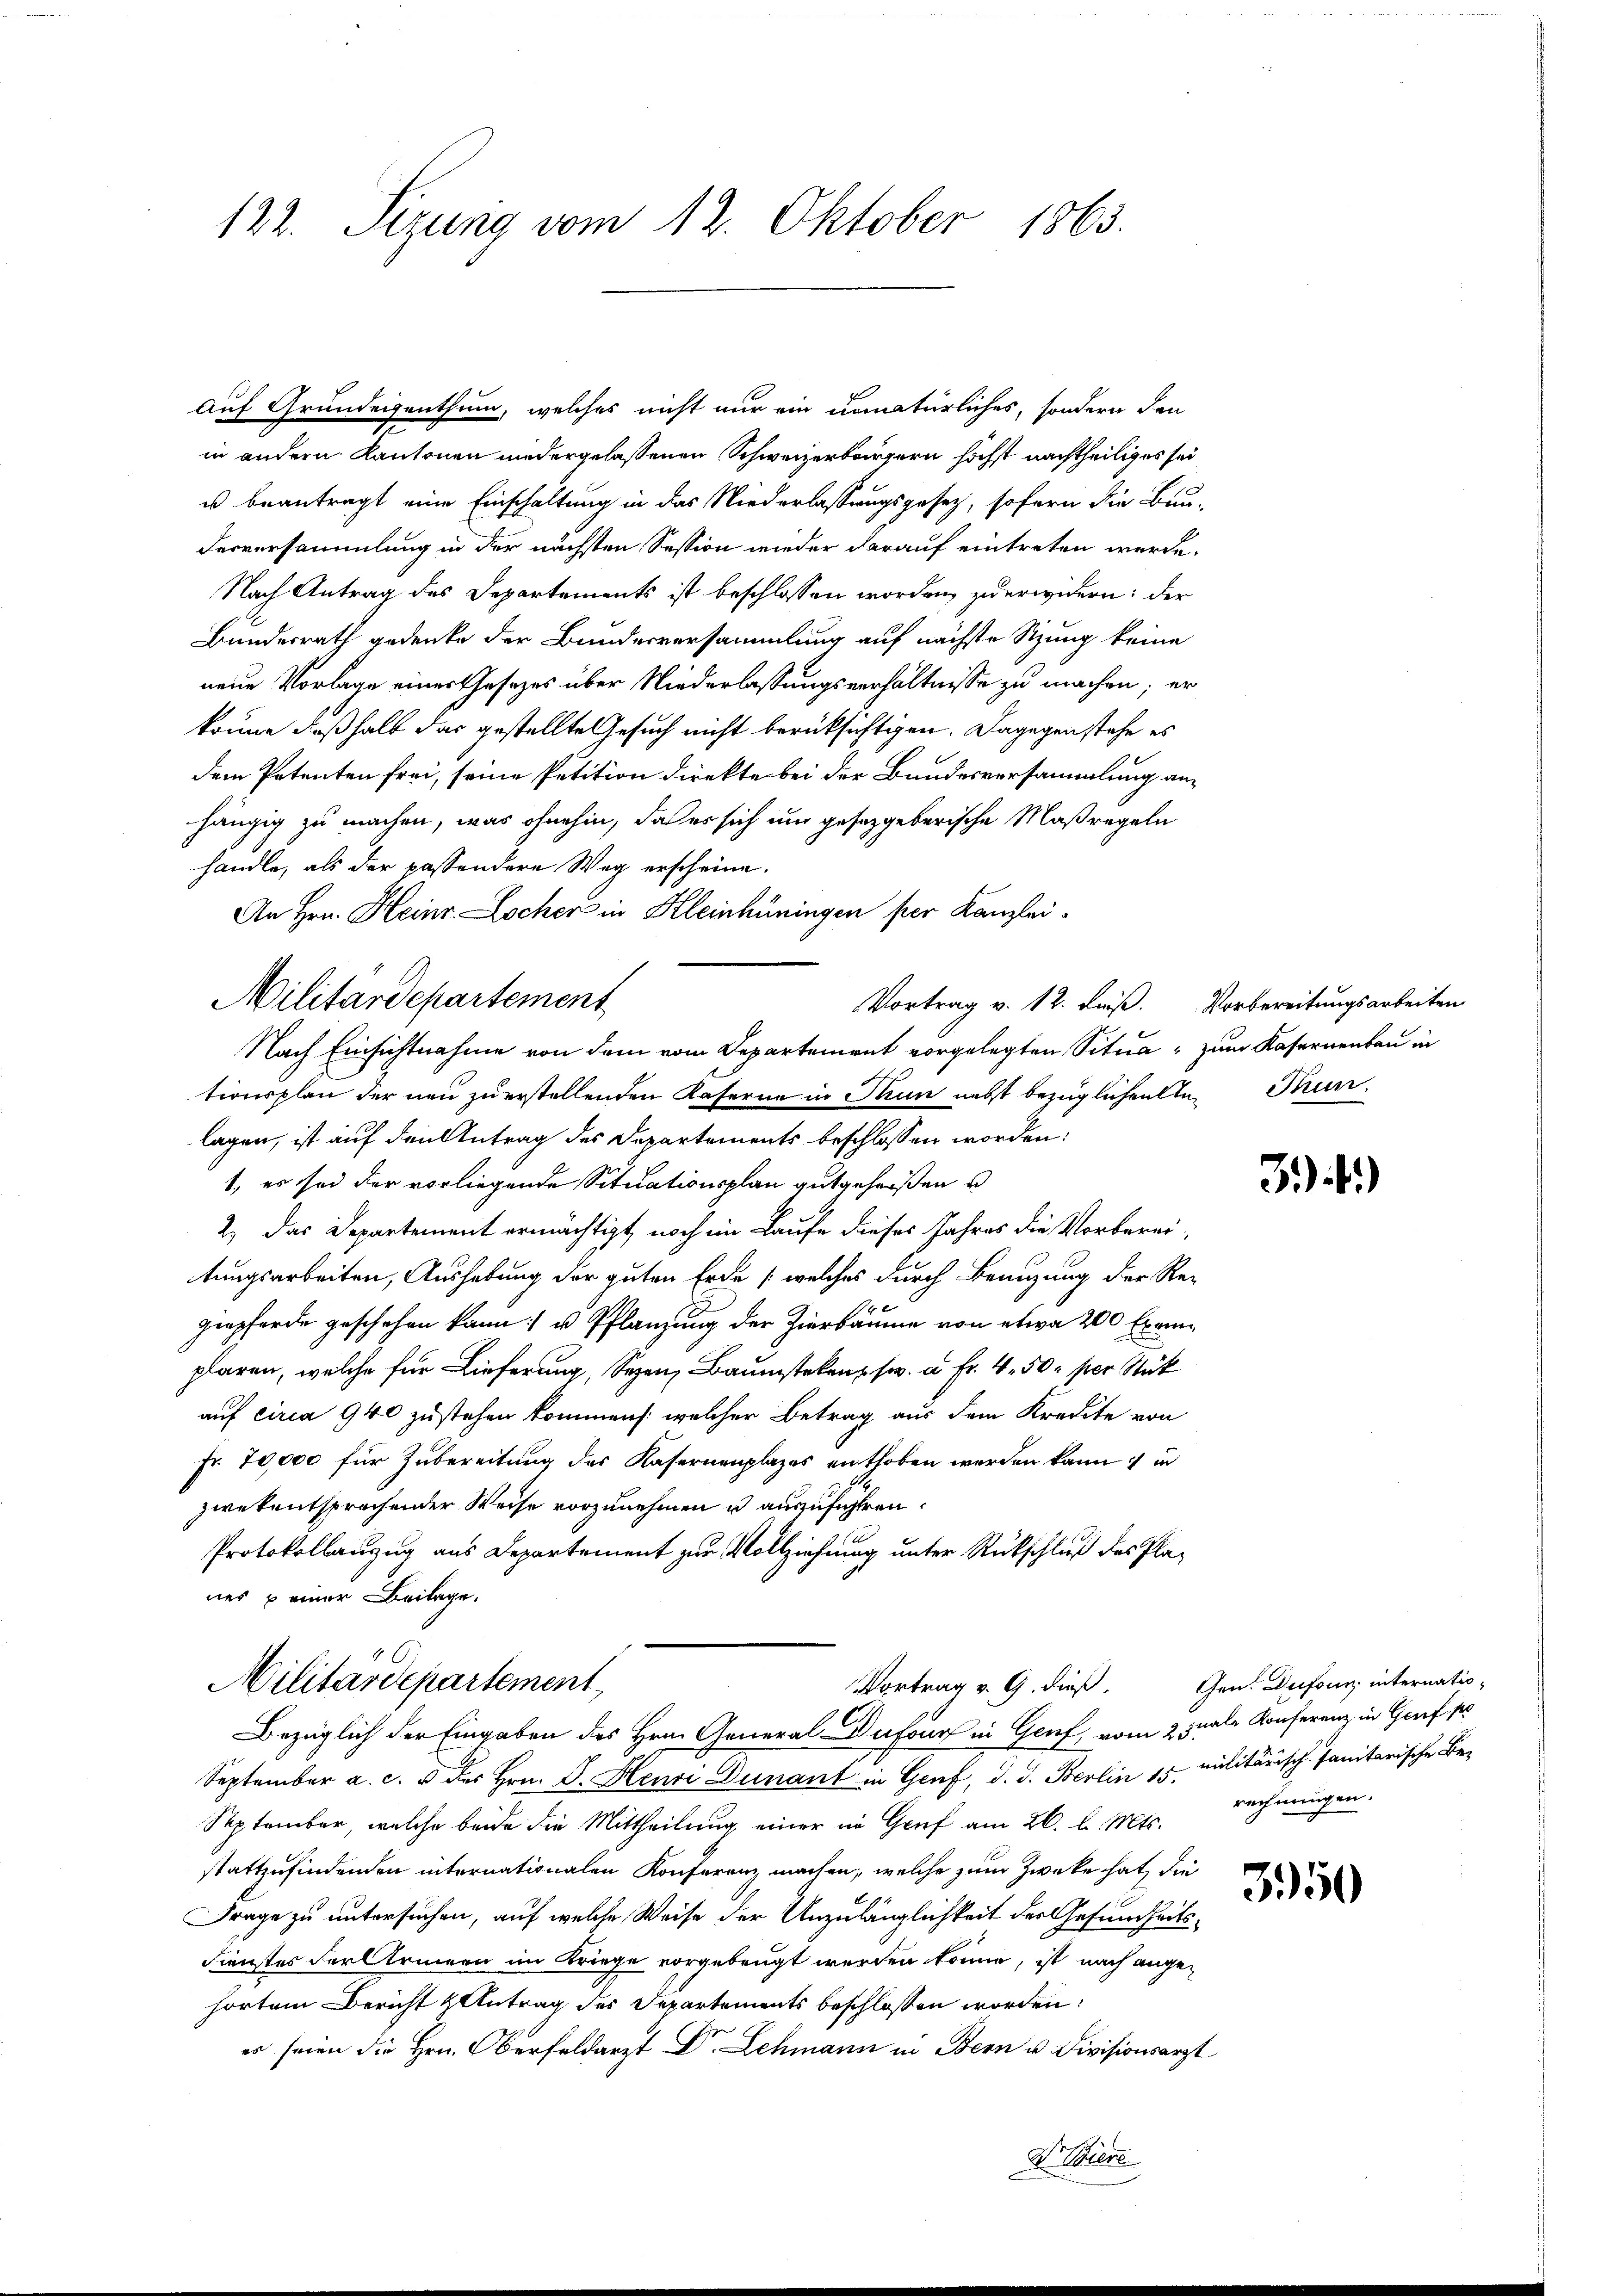
122. Sitzung vom 12. Oktober 1863.

Auf Grundeigenthum, welches nicht nur ein comatürliches, sondern den
in andern Kantonen niedergelassenen Schweizerbürgern höchst nachtheiliges sei
u beantragt eine Einschaltung in das Niederlassungsgesetz, sofern die Bun-
derversammlung in der nächsten Session wieder darauf eintreten werde.
Nach Antrag des Departements ist beschlossen worden zu erwidern: der
Bundesrath gedenke der Bundesversammlung auf nächste Sitzung keine
neue Vorlage einer Gesetzes über Niederlassungsverhältnisse zu machen; er
könne deßhalb das gestellte Gesuch nicht berücksichtigen. Dagegen stehe es
dem Petenten frei, seine Petition direkte bei der Bundesversammlung anhängig zu machen, was ohnehin, daß es sich um gesetzgeberische Maßregeln
handle, als der passendere Weg erscheine.
An Hrn. Heinr. Locher in Kleinhüningen per Kanzlei-
tionsplan der neu zu erstellenden Kaserne in Thun nebst bezüglichenten Trun
lagen, ist auf den Antrag des Departements beschlossen worden:
1., es sei der vorliegende Situationsplan gutgeheißen u
2.) Das Departement ermächtigt, noch im Laufe dieses Jahres die Vorbereitungsarbeiten, Aushebung der guten Erde (welches durch Benuzung der Re-
A
giepferde geschehen kann; u. Pflanzung der Zierbäume von etwa 200 Exemplaren, welche für Lieferung, Segen, Baumsteken, sw. à Fr. 4. 50 per Stük
auf circa 940 zu stehen kommen /: welcher Betrag aus dem Kredite von
Fr. 70,000 für Zubereitung des Kasernenplazes enthoben werden kann 1 in
zwekentsprechender Weise vorzunehmen u auszuführen:
Protokollanzug aus Departement zur Vollziehung unter Rückschluß des Planes u einer Beilage.
Militärdepartement
Vortrag v. G. dieß¬
Bezüglich der Eingaben des Hrn. General-Dufour in Genf, vom 25tale Konferenz in Genf, po
September a. c. u des Hrn. F. Henri Dunant in Genf, d. J. Berlin 15. Militärisch-sanitarische Be¬
September, welche beide die Mittheilung einer im Graf am 26. d. Mts. rechnungen.
stattzufindenden internationalen Konferenz machen, welche zum Zwecke hat, die
Frage zu untersuchen, auf welche Weise der Unzulänglichkeit der Gesundheits¬
Dienstes Fernerinnen im Kriege vorgebeugt werden könne, ist nach ange-
hörtem Bericht Antrag des Departements beschlossen worden:
es seien die Hrn. Oberfeldarzt Dr. Schmann in Bern u. Divisionsarzt

Militärdepartement

Vortrag v. 12. dieß. Vorbereitungsarbeiten
Nach Einsichtnahme von dem vom Departement vorgelegten Situa, zum Kasernenbau in

31.)

Gen. Dufour, internatio¬

350